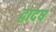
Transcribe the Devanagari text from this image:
द्वादष